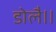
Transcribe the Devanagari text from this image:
डोलै।।